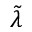
\tilde { \lambda }